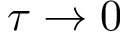
\tau \rightarrow 0